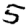
Digit: 5